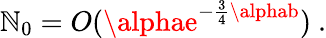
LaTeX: \mathbb{N}_{0}=O(\alphae^{-\frac{{3}}{{4}}\alphab})\ .